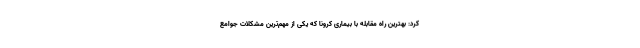
کرد: بهترین راه مقابله با بیماری کرونا که یکی از مهم‌ترین مشکلات جوامع